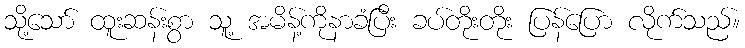
သို့သော် ထူးဆန်းစွာ သူ့ အမိန့်ကိုနာခံပြီး ခပ်တိုးတိုး ပြန်ပြော လိုက်သည်။